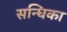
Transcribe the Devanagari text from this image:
सन्धिका